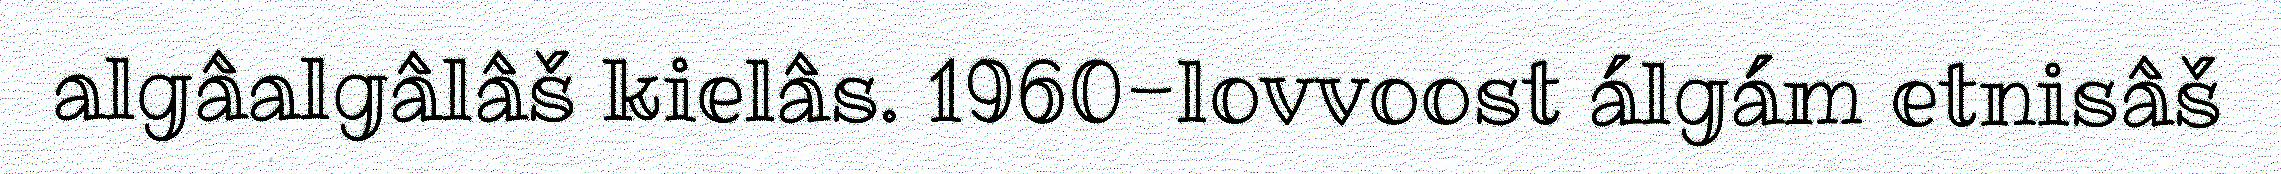
algâalgâlâš kielâs. 1960-lovvoost álgám etnisâš